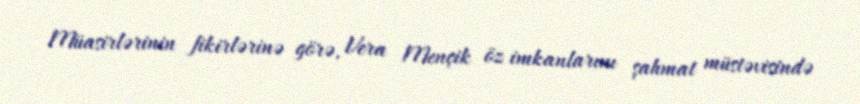
Müasirlərinin fikirlərinə görə, Vera Mençik öz imkanlarını şahmat müstəvisində